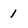
Character: 1